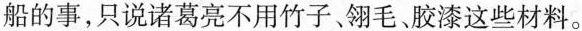
船的事，只说诸葛亮不用竹子、翎毛、胶漆这些材料。